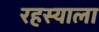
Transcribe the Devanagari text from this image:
रहस्याला